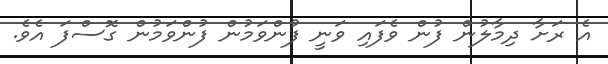
އެ ރަށާ ދިމާލުން ފުން ވެފައި ވަނީ ފުންވަމުން ފުންވަމުން ގޮސްފަ އެވެ.